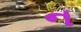
ન